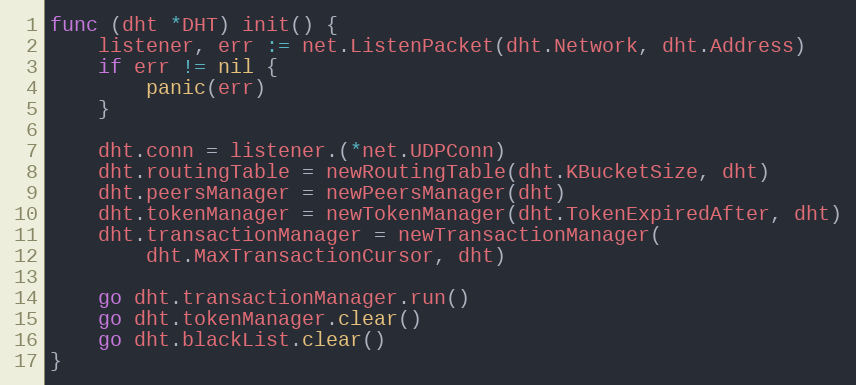
Language: Go
func (dht *DHT) init() {
	listener, err := net.ListenPacket(dht.Network, dht.Address)
	if err != nil {
		panic(err)
	}

	dht.conn = listener.(*net.UDPConn)
	dht.routingTable = newRoutingTable(dht.KBucketSize, dht)
	dht.peersManager = newPeersManager(dht)
	dht.tokenManager = newTokenManager(dht.TokenExpiredAfter, dht)
	dht.transactionManager = newTransactionManager(
		dht.MaxTransactionCursor, dht)

	go dht.transactionManager.run()
	go dht.tokenManager.clear()
	go dht.blackList.clear()
}